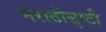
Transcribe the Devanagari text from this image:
मराठीसृष्टी